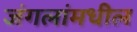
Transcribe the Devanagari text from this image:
जंगलांमधील